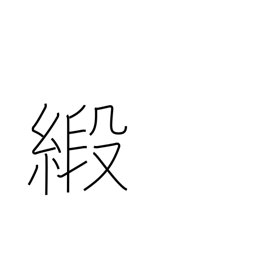
Meaning: damask